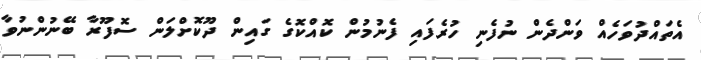
އެތައްދުވަހެއް ވަންދެން ނުފެނި ހުރެފައި ފެނުމުން ކޮއްކޮގެ ގައިން ދޫކޮށްލަން ސޮފޫރާ ބޭނުންނުވާ